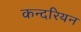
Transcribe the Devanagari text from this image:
कन्दरियन